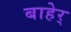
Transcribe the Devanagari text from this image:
बाहेर्